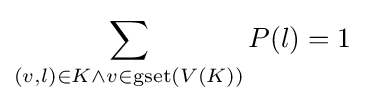
\sum _{(v,l)\in K\land v\in \operatorname {gset} (V(K))}P(l)=1